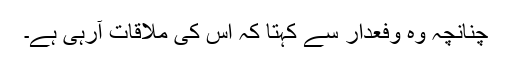
چنانچہ وہ وفعدار سے کہتا کہ اس کی ملاقات آرہی ہے۔